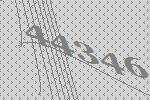
44346